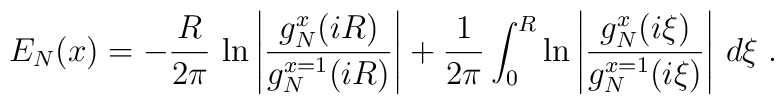
E_N(x) = - {R \over 2\pi} \,     \ln \left| { g_N^x(iR)  \over g_N^{x=1}(iR)}  \right|            +  {1 \over 2\pi}     \int_0^R  \ln \left|       { g_N^x(i\xi)  \over g_N^{x=1}(i\xi)}  \right|  \,d\xi  \;.